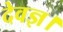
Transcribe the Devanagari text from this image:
देवज्ञ।